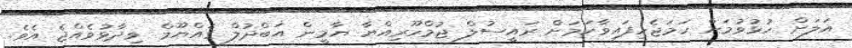
އަލަށް ހުޅުވުމަށް ހަމަޖެހިފައިވާކަމަށް ރައީސުލް ޖުމްހޫރިއްޔާ ޔާމީން އަބްދުލް ޤައްޔޫމް ވިދާޅުވެއްޖެ އެވެ.